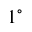
1 ^ { \circ }